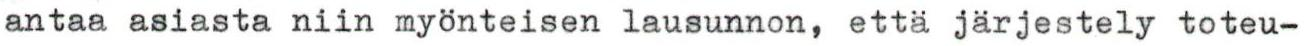
antaa asiasta niin myönteisen lausunnon, että järjestely toteu-